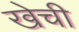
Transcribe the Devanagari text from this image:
खेची